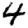
Digit: 4